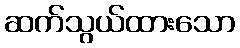
ဆက်သွယ်ထားသော